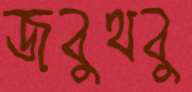
জবুথবু